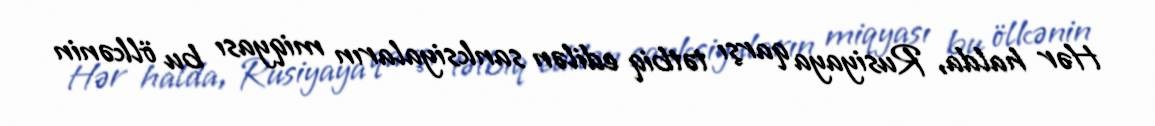
Hər halda, Rusiyaya qarşı tətbiq edilən sanksiyaların miqyası bu ölkənin